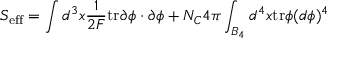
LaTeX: S _ { \mathrm { e f f } } = \int d ^ { 3 } x \frac { 1 } { 2 F } \mathrm { t r } \partial \phi \cdot \partial \phi + { N _ { C } } { 4 \pi } \int _ { B _ { 4 } } d ^ { 4 } x \mathrm { t r } \phi ( d \phi ) ^ { 4 }